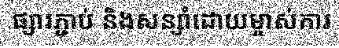
ផ្សារភ្ជាប់ និងសន្សាំដោយម្ចាស់ការ